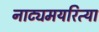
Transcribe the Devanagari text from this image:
नाट्यमयरित्या